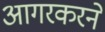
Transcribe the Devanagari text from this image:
आगरकरने